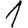
Digit: 1